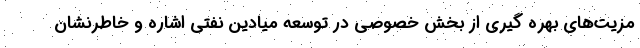
مزیت‌های بهره گیری از بخش خصوصی در توسعه میادین نفتی اشاره و خاطرنشان